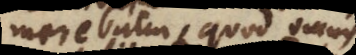
merebatur, quod omnis